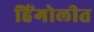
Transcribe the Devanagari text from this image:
हिंगोलीत